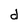
Character: d